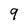
Character: 9